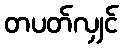
တပတ်လျှင်